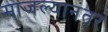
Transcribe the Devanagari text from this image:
माजल्यानंतर